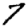
Digit: 7